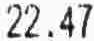
22.47